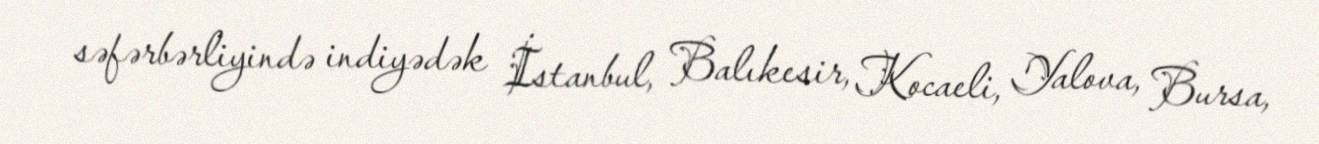
səfərbərliyində indiyədək İstanbul, Balıkesir, Kocaeli, Yalova, Bursa,